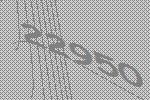
22950